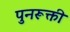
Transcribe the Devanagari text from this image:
पुनरूक्ती